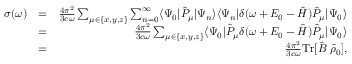
\begin{array} { r l r } { \sigma ( \omega ) } & { = } & { \frac { 4 \pi ^ { 2 } } { 3 c \omega } \sum _ { \mu \in \{ x , y , z \} } \sum _ { n = 0 } ^ { \infty } \ensuremath { \langle \Psi _ { 0 } \vert } \hat { P } _ { \mu } \ensuremath { \vert \Psi _ { n } \rangle } \ensuremath { \langle \Psi _ { n } \vert } \delta ( \omega + E _ { 0 } - \hat { H } ) \hat { P } _ { \mu } \ensuremath { \vert \Psi _ { 0 } \rangle } } \\ & { = } & { \frac { 4 \pi ^ { 2 } } { 3 c \omega } \sum _ { \mu \in \{ x , y , z \} } \ensuremath { \langle \Psi _ { 0 } \vert } \hat { P } _ { \mu } \delta ( \omega + E _ { 0 } - \hat { H } ) \hat { P } _ { \mu } \ensuremath { \vert \Psi _ { 0 } \rangle } } \\ & { = } & { \frac { 4 \pi ^ { 2 } } { 3 c \omega } \ensuremath { \mathrm { T r } } [ \hat { B } \; \hat { \rho } _ { 0 } ] , } \end{array}